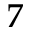
7